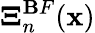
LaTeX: \boldsymbol{\Xi}_{n}^{\mathbf{B}F}({\mathbf{x}})